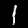
Digit: 1